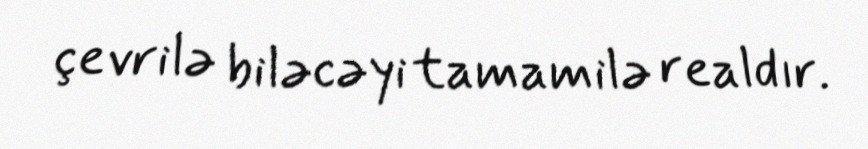
çevrilə biləcəyi tamamilə realdır.